Dysentery and liver abscess in Bombay - Number 47
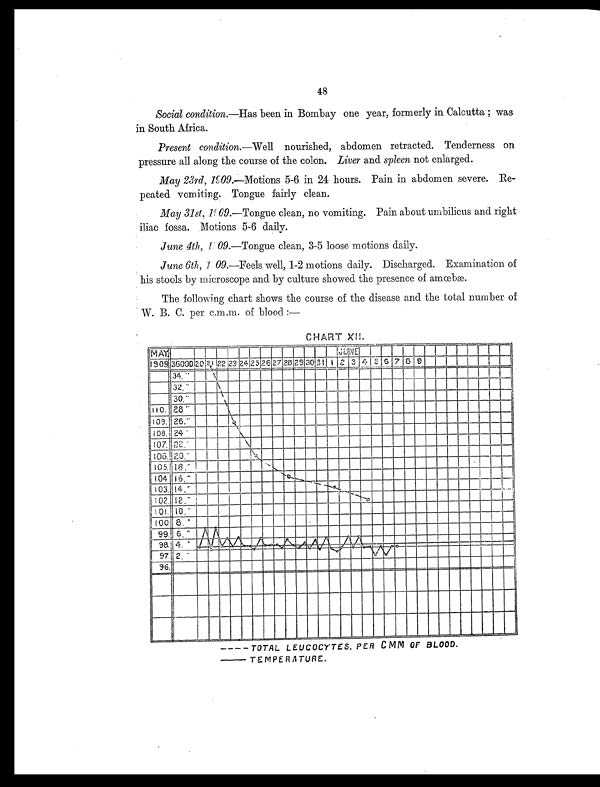
48
Social condition.—Has been in Bombay one year, formerly in Calcutta ; was
in South Africa.
Present condition.—Well nourished, abdomen retracted. Tenderness on
pressure all along the course of the colon. Liver and spleen not enlarged.
May 23rd, 1909.—Motions 5-6 in 24 hours. Pain in abdomen severe. Re-
peated vomiting. Tongue fairly clean.
May 31st, 1909 .—Tongue clean, no vomiting. Pain about umbilicus and right
iliac fossa. Motions 5-6 daily.
June 4th, 1909.—Tongue clean, 3-5 loose motions daily.
June 6th, 1909.—Feels well, 1-2 motions daily. Discharged. Examination of
his stools by microscope and by culture showed the presence of amœbæ.
The following chart shows the course of the disease and the total number of
W. B. C. per c.m.m. of blood :—
CHART XII.